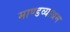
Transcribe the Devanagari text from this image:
माण्डव्याश्रम